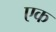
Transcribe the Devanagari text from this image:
एक